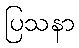
ပြသနာ